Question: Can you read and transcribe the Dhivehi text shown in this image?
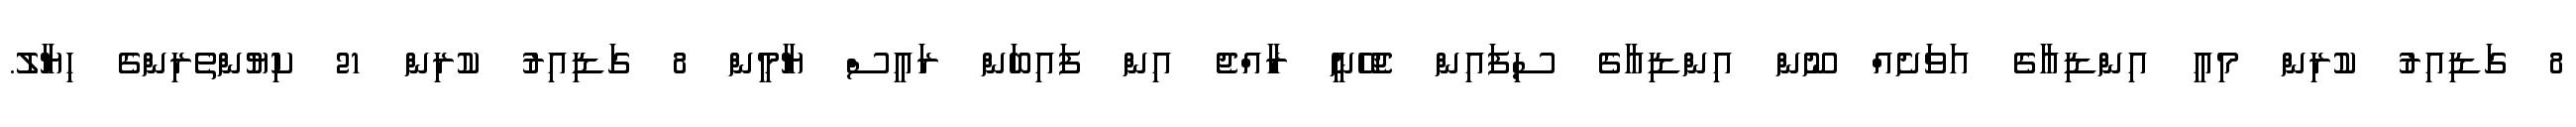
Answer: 8 ގަޑިއިރު ކުރިން މިއީ އިންޑިއާގެ އަވަށެއް ނޫން އިންޑިއާގެ ސިފައިން ޖެހޭނީ ރާއްޖެ އިން ފައިބަން ރައީސް ޔާމީން 8 ގަޑިއިރު ކުރިން 21 ކިޔުންތެރިންގެ ހިޔާލު.